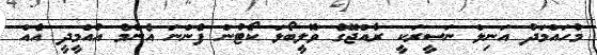
މުހައްމަދު އަނިލް ނަސީރަކީ ރާއްޖޭގެ ވޮލީބޯޅަ ކޯޓުން ފެންނަ އެންމެ އުއްމީދީ އެއް